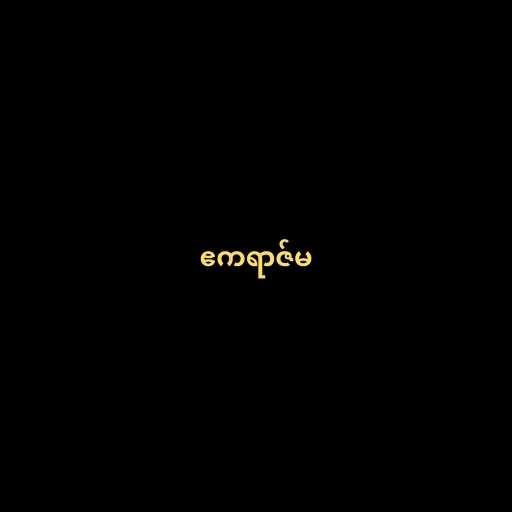
ဧကရာဇ်မ